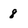
Character: 8